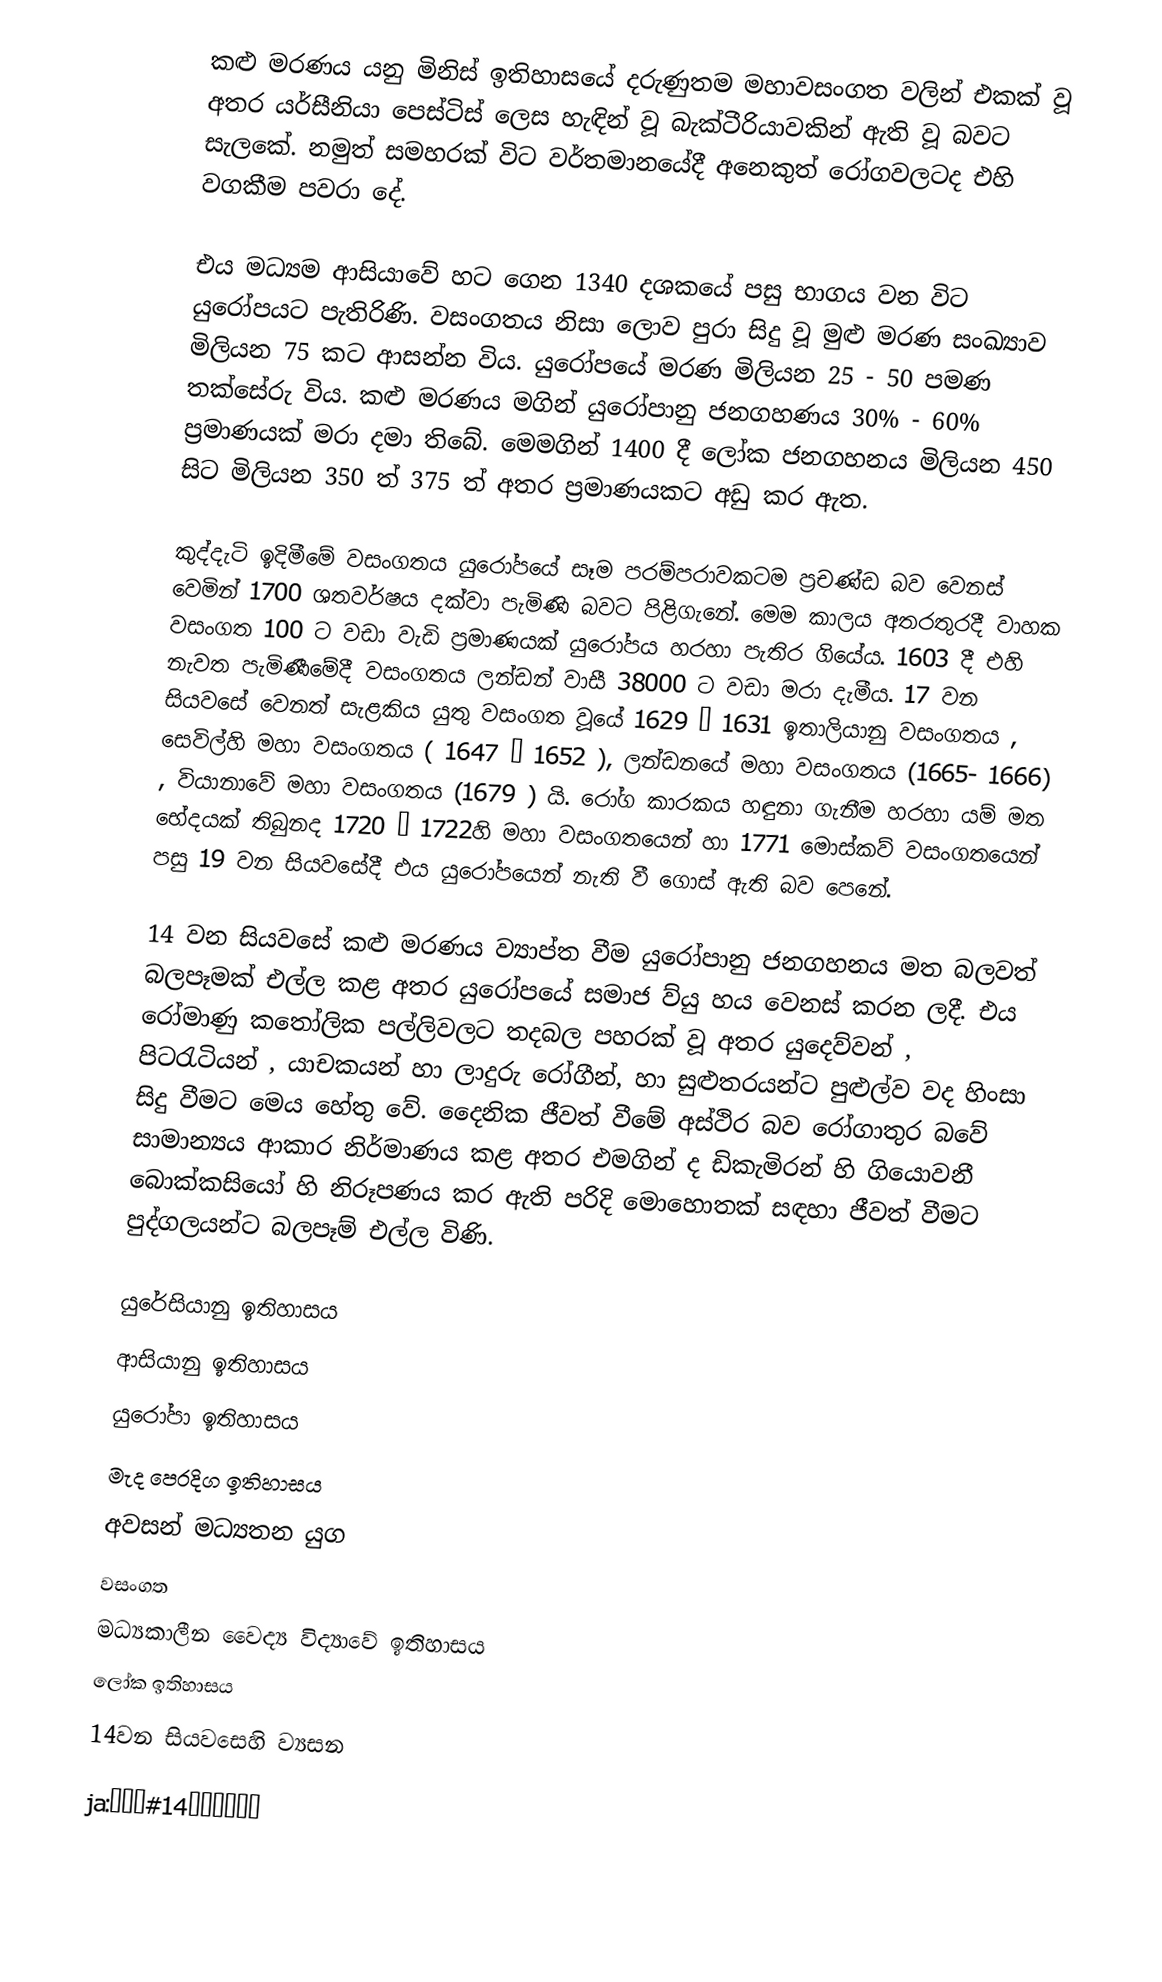
කළු මරණය යනු මිනිස් ඉතිහාසයේ දරුණුතම මහාවසංගත වලින් එකක් වූ අතර යර්සීනියා පෙස්ටිස් ලෙස හැඳින් වූ බැක්ටීරියාවකින් ඇති වූ බවට සැලකේ. නමුත් සමහරක් විට වර්තමානයේදී අනෙකුත් රෝගවලටද  එහි වගකීම පවරා දේ.

එය මධ්‍යම ආසියාවේ හට ගෙන 1340 දශකයේ පසු භාගය වන විට යුරෝපයට පැතිරිණි. වසංගතය නිසා ලොව පුරා සිදු වූ මුළු මරණ සංඛ්‍යාව මිලියන 75 කට ආසන්න විය. යුරෝපයේ මරණ මිලියන 25 - 50 පමණ තක්සේරු විය. කළු මරණය මගින් යුරෝපානු ජනගහණය 30% - 60% ප්‍රමාණයක් මරා දමා තිබේ. මෙමගින් 1400 දී ලෝක ජනගහනය මිලියන 450 සිට මිලියන 350 ත් 375 ත් අතර ප්‍රමාණයක‍ට අඩු කර ඇත.

කුද්දැටි ඉදිමීමේ වසංගතය යුරෝපයේ සෑම පරම්පරාවකටම ප්‍රචණ්ඩ බව වෙනස් වෙමින් 1700 ශතවර්ෂය දක්වා පැමිණි බවට පිළිගැනේ. මෙම කාලය අතරතුරදී වාහක වසංගත 100 ට වඩා වැඩි ප්‍රමාණයක් යුරෝපය හරහා පැතිර ගියේය. 1603 දී එහි නැවත පැමිණීමේදී වසංගතය ලන්ඩන් වාසී 38000 ට වඩා මරා දැමීය. 17 වන සියවසේ වෙනත් සැළකිය යුතු වසංගත වූයේ 1629 – 1631 ඉතාලියානු වසංගතය , සෙවිල්හි මහා වසංගතය ( 1647 – 1652 ), ලන්ඩනයේ මහා වසංගතය (1665- 1666) , වියානාවේ මහා වසංගතය (1679 ) යි. රෝග කාරකය හඳුනා ගැනීම හරහා යම් මත භේදයක් තිබුනද 1720 – 1722හි මහා වසංගතයෙන් හා 1771 මොස්කව් වසංගතයෙන් පසු 19 වන සියවසේදී එය යුරෝපයෙන් නැති වී ගොස් ඇති බව පෙනේ.

14 වන සියවසේ කළු මරණය ව්‍යාප්ත වීම යුරෝපානු ජනගහනය මත බලවත් බලපෑමක් එල්ල කළ අතර යුරෝපයේ සමාජ ව්යු හය වෙනස් කරන ලදී. එය රෝමාණු කතෝලික පල්ලිවලට තදබල පහරක් වූ අතර යුදෙව්වන් , පිටරැටියන් , යාචකයන් හා ලාදුරු රෝගීන්, හා සුළුතරයන්ට පුළුල්ව වද හිංසා සිදු වීමට මෙය හේතු වේ. දෛනික ජීවත් වීමේ අස්ථිර බව රෝගාතුර බවේ සාමාන්‍යය ආකාර නිර්මාණය කළ අතර එමගින් ද ඩිකැමිරන් හි ගියොවනී බොක්කසියෝ හි නිරූපණය කර ඇති පරිදි මොහොතක් සඳහා ජීවත් වීමට පුද්ගලයන්ට බලපෑම් එල්ල විණි.

යුරේසියානු ඉතිහාසය
ආසියානු ඉතිහාසය
යුරෝපා ඉතිහාසය
මැද පෙරදිග ඉතිහාසය
අවසන් මධ්‍යතන යුග
වසංගත
මධ්‍යකාලීන වෛද්‍ය විද්‍යාවේ ඉතිහාසය
ලෝක ඉතිහාසය
14වන සියවසෙහි ව්‍යසන

ja:ペスト#14世紀の大流行